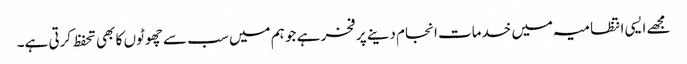
مجھے ایسی انتظامیہ میں خدمات انجام دینے پر فخر ہے جو ہم میں سب سے چھوٹوں کا بھی تحفظ کرتی ہے۔